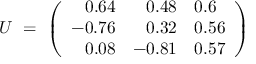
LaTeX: U \ = \ \left( \begin{array} { r r l } { { 0 . 6 4 } } & { { 0 . 4 8 } } & { { 0 . 6 } } \\ { { - 0 . 7 6 } } & { { 0 . 3 2 } } & { { 0 . 5 6 } } \\ { { 0 . 0 8 } } & { { - 0 . 8 1 } } & { { 0 . 5 7 } } \end{array} \right)